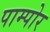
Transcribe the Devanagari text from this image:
पाम्पोर